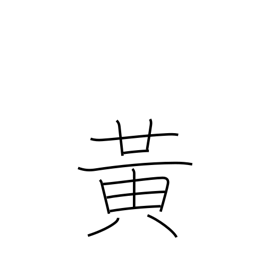
Meaning: yellow